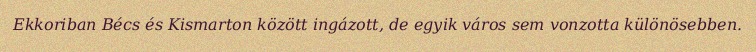
Ekkoriban Bécs és Kismarton között ingázott, de egyik város sem vonzotta különösebben.